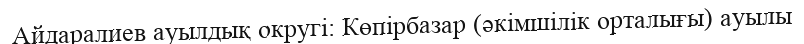
Айдаралиев ауылдық округі: Көпірбазар (әкімшілік орталығы) ауылы